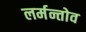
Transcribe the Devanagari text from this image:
लर्मन्तोव